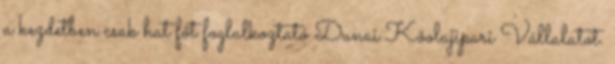
a kezdetben csak hat főt foglalkoztató Dunai Kőolajipari Vállalatot.